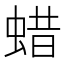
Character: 蜡